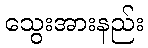
သွေးအားနည်း